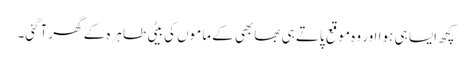
کچھ ایسا ہی ہوا اور وہ موقع پاتے ہی بھابھی کے ماموں کی بیٹی طاہرہ کے گھر آگئی۔